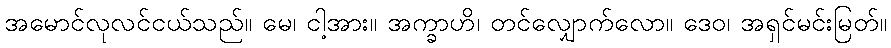
အမောင်လုလင်ငယ်သည်။ မေ၊ ငါ့အား။ အက္ခာဟိ၊ တင်လျှောက်လော။ ဒေဝ၊ အရှင်မင်းမြတ်။